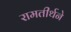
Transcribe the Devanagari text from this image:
रामतीर्थने